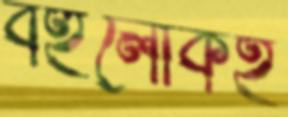
বহুলোকই